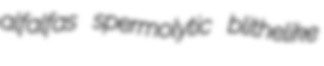
alfalfas spermolytic blithelike